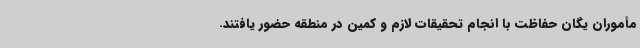
مأموران یگان حفاظت با انجام تحقیقات لازم و کمین در منطقه حضور یافتند.